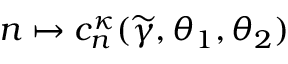
n \mapsto c _ { n } ^ { \kappa } ( \widetilde { \gamma } , \theta _ { 1 } , \theta _ { 2 } )